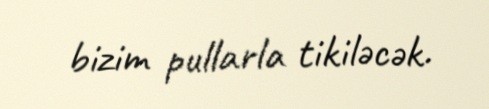
bizim pullarla tikiləcək.